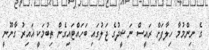
ގެ ނިންމުމާ ހިލާފަށް ރައީސް ނަޝީދުގެ ޖަލުގައި ބަހައްޓައިގެން ތިބުމަކީ ޣައިރު ގާނޫނީ